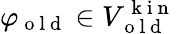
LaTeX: \varphi_{\mathrm{~o~l~d~}}\in V_{\mathrm{~o~l~d~}}^{\mathrm{~k~i~n~}}